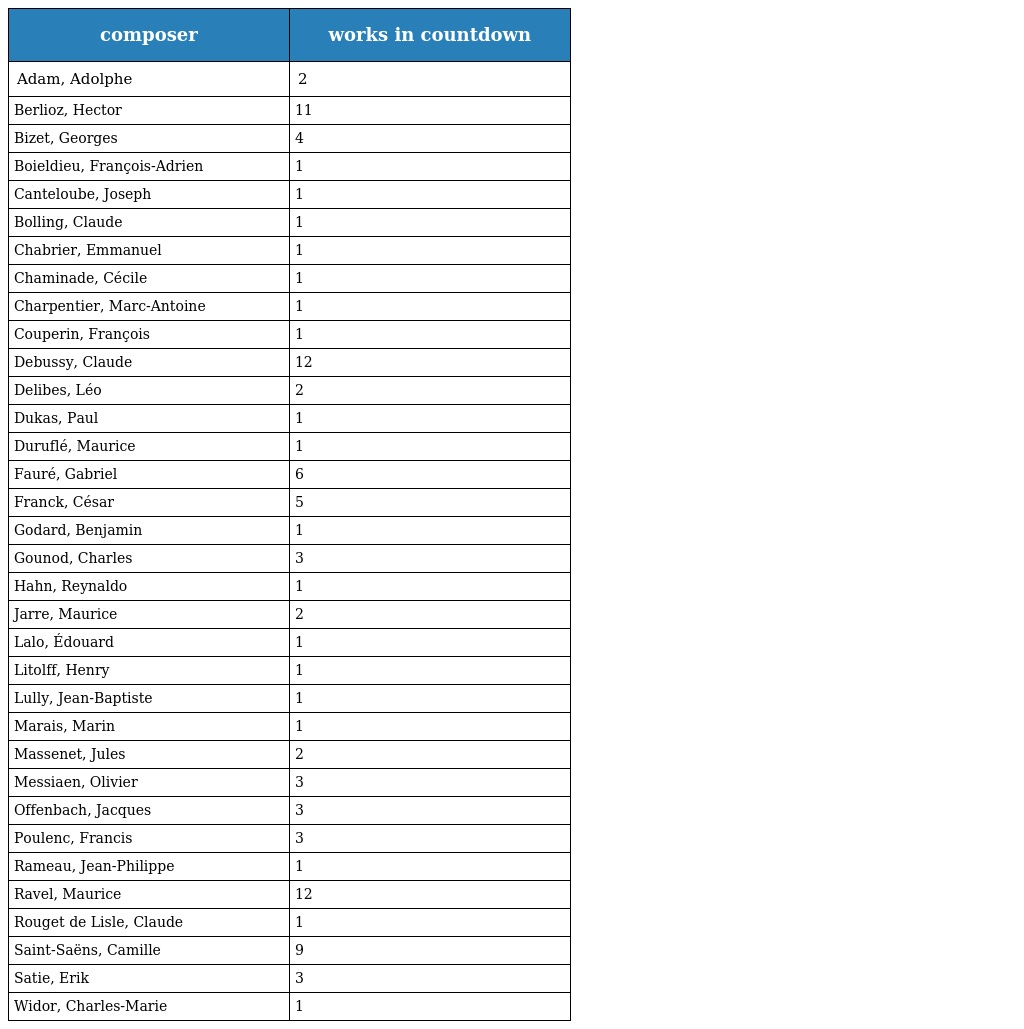
| composer | works in countdown |
 | --- | --- |
 | Adam, Adolphe | 2 |
 | Berlioz, Hector | 11 |
 | Bizet, Georges | 4 |
 | Boieldieu, François-Adrien | 1 |
 | Canteloube, Joseph | 1 |
 | Bolling, Claude | 1 |
 | Chabrier, Emmanuel | 1 |
 | Chaminade, Cécile | 1 |
 | Charpentier, Marc-Antoine | 1 |
 | Couperin, François | 1 |
 | Debussy, Claude | 12 |
 | Delibes, Léo | 2 |
 | Dukas, Paul | 1 |
 | Duruflé, Maurice | 1 |
 | Fauré, Gabriel | 6 |
 | Franck, César | 5 |
 | Godard, Benjamin | 1 |
 | Gounod, Charles | 3 |
 | Hahn, Reynaldo | 1 |
 | Jarre, Maurice | 2 |
 | Lalo, Édouard | 1 |
 | Litolff, Henry | 1 |
 | Lully, Jean-Baptiste | 1 |
 | Marais, Marin | 1 |
 | Massenet, Jules | 2 |
 | Messiaen, Olivier | 3 |
 | Offenbach, Jacques | 3 |
 | Poulenc, Francis | 3 |
 | Rameau, Jean-Philippe | 1 |
 | Ravel, Maurice | 12 |
 | Rouget de Lisle, Claude | 1 |
 | Saint-Saëns, Camille | 9 |
 | Satie, Erik | 3 |
 | Widor, Charles-Marie | 1 |